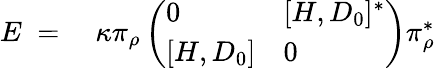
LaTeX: \begin{array}{rl}{E\; =\; }&{{}\kappa\pi_{\rho}\left(\begin{array}{ll}{0}&{[H,D_{0}]^{*}}\\ {{}[H,D_{0}]}&{0}\end{array}\right)\pi_{\rho}^{*}}\end{array}